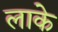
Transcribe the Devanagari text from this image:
लाके